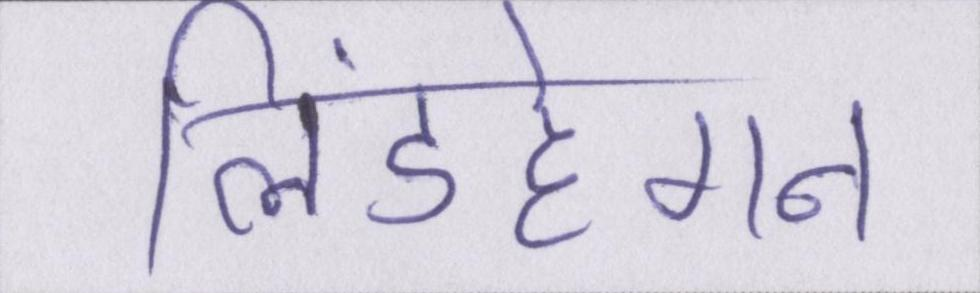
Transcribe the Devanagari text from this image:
लिंडहेगन